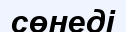
сөнеді